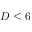
D \le 6